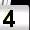
Digit: 4